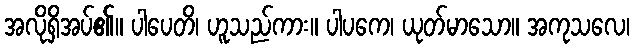
အလိုရှိအပ်၏။ ပါပေတိ၊ ဟူသည်ကား။ ပါပကေ၊ ယုတ်မာသော။ အကုသလေ၊